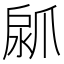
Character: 𤔚